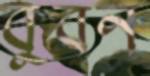
বুবন